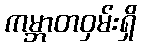
ကမ္ဘာတဝှမ်းရှိ